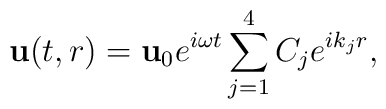
{\bf u}(t,r)={\bf u}_0 e^{i\omega t}\sum\limits_{j=1}^{4}C_j e^{i k_j r},